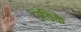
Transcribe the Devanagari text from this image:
उठिके